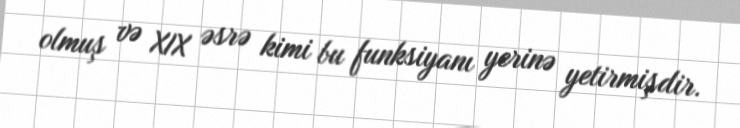
olmuş və XIX əsrə kimi bu funksiyanı yerinə yetirmişdir.